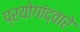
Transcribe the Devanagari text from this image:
प्रयोगांद्वारे